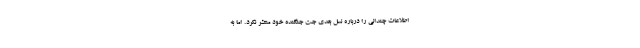
اطلاعات چندانی را درباره نسل بعدی جت جنگنده خود منتشر نکرد. اما به